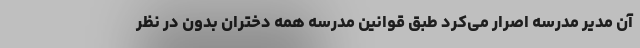
آن مدیر مدرسه اصرار می‌کرد طبق قوانین مدرسه همه دختران بدون در نظر